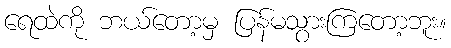
ရေထဲကို ဘယ်တော့မှ ပြန်မသွားကြတော့ဘူး။